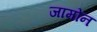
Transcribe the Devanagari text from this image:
जामोन